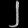
Digit: ၂